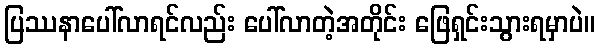
ပြဿနာပေါ်လာရင်လည်း ပေါ်လာတဲ့အတိုင်း ဖြေရှင်းသွားရမှာပဲ။